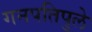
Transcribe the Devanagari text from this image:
गनपतिपुले